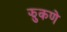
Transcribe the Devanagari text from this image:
झुकणे